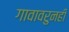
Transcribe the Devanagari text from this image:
गावावरुनही